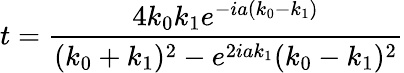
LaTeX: t={\frac{4k_{0}k_{1}e^{-ia(k_{0}-k_{1})}}{(k_{0}+k_{1})^{2}-e^{2iak_{1}}(k_{0}-k_{1})^{2}}}